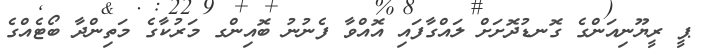
ޕީ ރީޔޫނިއަންގެ ގޮނޑުދޮށަށް ލައްގާފައި އޮއްވާ ފެނުނު ބޮއިންގ މަރުކާގެ މަތިންދާ ބޯޓެއްގެ